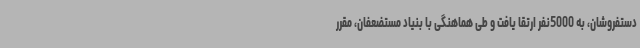
دستفروشان، به 5000نفر ارتقا یافت و طی هماهنگی با بنیاد مستضعفان، مقرر